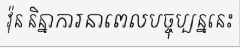
វ៉ុន និន្នាការនាពេលបច្ចុប្បន្ននេះ